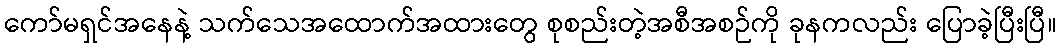
ကော်မရှင်အနေနဲ့ သက်သေအထောက်အထားတွေ စုစည်းတဲ့အစီအစဉ်ကို ခုနကလည်း ပြောခဲ့ပြီးပြီ။